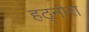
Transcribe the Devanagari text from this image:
हठ्नोरा